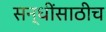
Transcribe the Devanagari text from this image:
सन्धींसाठीच